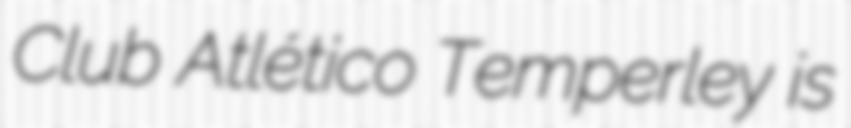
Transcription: Club Atlético Temperley is